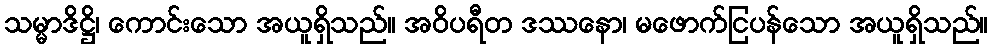
သမ္မာဒိဋ္ဌိ၊ ကောင်းသော အယူရှိသည်။ အဝိပရီတ ဒဿနော၊ မဖောက်ငြပန်သော အယူရှိသည်။